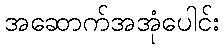
အဆောက်အအုံပေါင်း